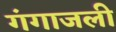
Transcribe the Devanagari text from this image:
गंगाजली